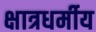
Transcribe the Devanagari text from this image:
क्षात्रधर्मीय